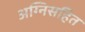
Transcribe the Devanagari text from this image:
अग्निसहित